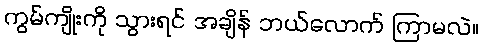
ကွမ်ကျိုးကို သွားရင် အချိန် ဘယ်လောက် ကြာမလဲ။